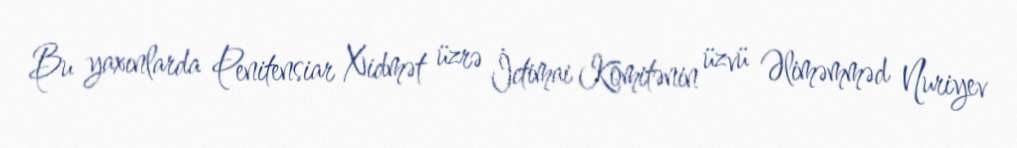
Bu yaxınlarda Penitensiar Xidmət üzrə İctimai Komitənin üzvü Əliməmməd Nuriyev